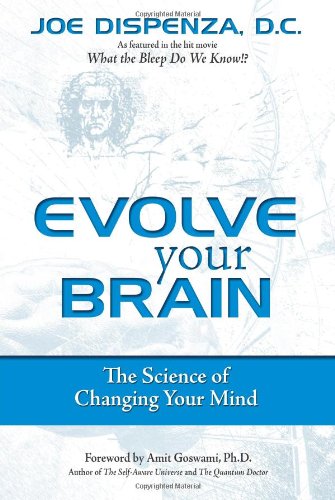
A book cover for Evolve Your Brain: The Science of Changing Your Mind; Joe Dispenza; Health, Fitness & Dieting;